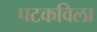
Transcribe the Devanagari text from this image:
पटकविला